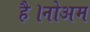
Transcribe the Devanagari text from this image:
है।नोअम